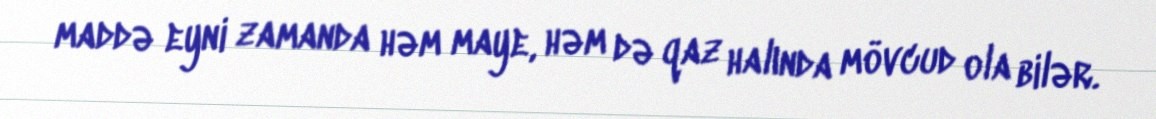
maddə eyni zamanda həm maye, həm də qaz halında mövcud ola bilər.